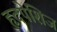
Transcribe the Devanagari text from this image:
हृदपेशिज